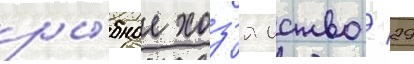
ры́бное хоз'яиство / 29